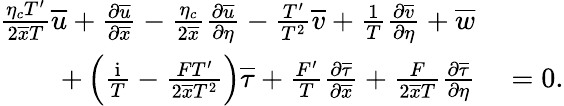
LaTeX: \begin{array}{rl}{\frac{\eta_{c}T^{\prime}}{2\overline{{x}}T}\overline{{u}}+\frac{\partial\overline{{u}}}{\partial\overline{{x}}}-\frac{\eta_{c}}{2\overline{{x}}}\frac{\partial\overline{{u}}}{\partial\eta}-\frac{T^{\prime}}{T^{2}}\overline{{v}}+\frac{1}{T}\frac{\partial\overline{{v}}}{\partial\eta}+\overline{{w}}}&{{}}\\ {+\left(\frac{\mathrm{i}}{T}-\frac{FT^{\prime}}{2\overline{{x}}T^{2}}\right)\overline{{\tau}}+\frac{F^{\prime}}{T}\frac{\partial\overline{{\tau}}}{\partial\overline{{x}}}+\frac{F}{2\overline{{x}}T}\frac{\partial\overline{{\tau}}}{\partial\eta}}&{{}=0.}\end{array}